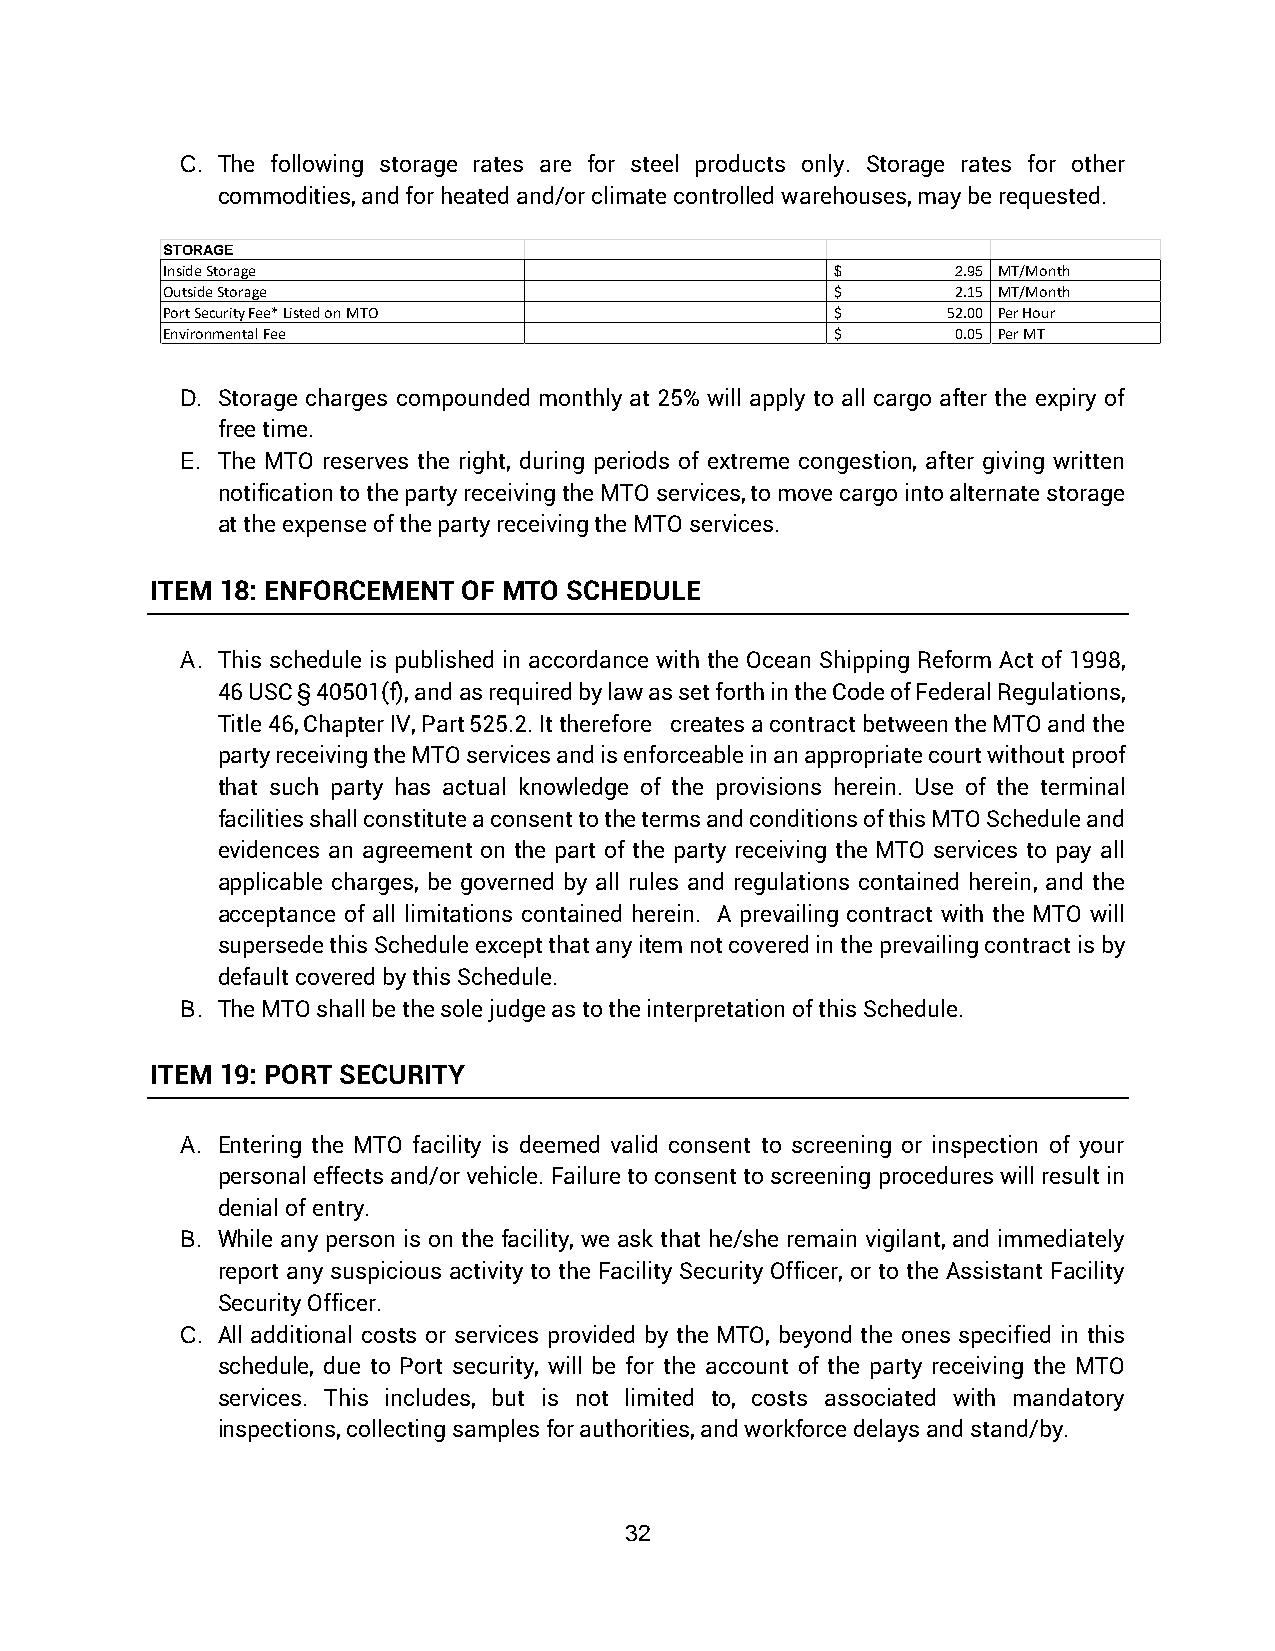
C. The following storage rates are for steel products only. Storage rates for other
 commodities, and for heated and/or climate controlled warehouses, may be requested.
 STORAGE
 Inside Storage                              $       2.95 MT/Month
 Outside Storage                             $       2.15 MT/Month
 Port Security Fee* Listed on MTO            $       52.00 Per Hour
 Environmental Fee                           $       0.05 Per MT
 D. Storage charges compounded monthly at 25% will apply to all cargo after the expiry of
 free time.
 E. The MTO reserves the right, during periods of extreme congestion, after giving written
 notification to the party receiving the MTO services, to move cargo into alternate storage
 at the expense of the party receiving the MTO services.
 ITEM 18: ENFORCEMENT OF MTO SCHEDULE
 A. This schedule is published in accordance with the Ocean Shipping Reform Act of 1998,
 46 USC § 40501(f), and as required by law as set forth in the Code of Federal Regulations,
 Title 46, Chapter IV, Part 525.2. It therefore creates a contract between the MTO and the
 party receiving the MTO services and is enforceable in an appropriate court without proof
 that such party has actual knowledge of the provisions herein. Use of the terminal
 facilities shall constitute a consent to the terms and conditions of this MTO Schedule and
 evidences an agreement on the part of the party receiving the MTO services to pay all
 applicable charges, be governed by all rules and regulations contained herein, and the
 acceptance of all limitations contained herein. A prevailing contract with the MTO will
 supersede this Schedule except that any item not covered in the prevailing contract is by
 default covered by this Schedule.
 B. The MTO shall be the sole judge as to the interpretation of this Schedule.
 ITEM 19: PORT SECURITY
 A. Entering the MTO facility is deemed valid consent to screening or inspection of your
 personal effects and/or vehicle. Failure to consent to screening procedures will result in
 denial of entry.
 B. While any person is on the facility, we ask that he/she remain vigilant, and immediately
 report any suspicious activity to the Facility Security Officer, or to the Assistant Facility
 Security Officer.
 C. All additional costs or services provided by the MTO, beyond the ones specified in this
 schedule, due to Port security, will be for the account of the party receiving the MTO
 services. This includes, but is not limited to, costs associated with mandatory
 inspections, collecting samples for authorities, and workforce delays and stand/by.
 32